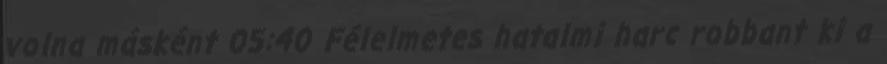
volna másként 05:40 Félelmetes hatalmi harc robbant ki a